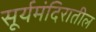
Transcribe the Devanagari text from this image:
सूर्यमंदिरातील